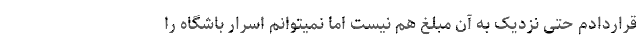
قراردادم حتی نزدیک به آن مبلغ هم نیست اما نمیتوانم اسرار باشگاه را